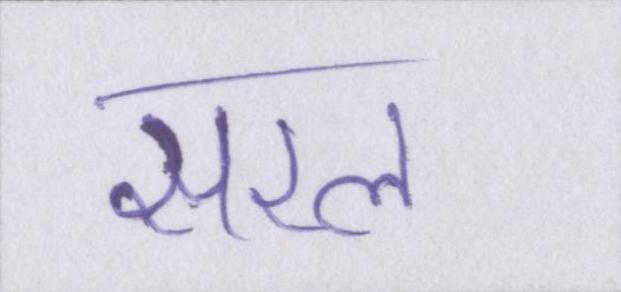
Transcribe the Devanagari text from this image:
सरल